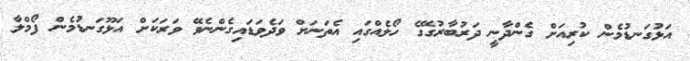
އަޅުގަނޑުމެން ކުރިއަށް ގެންދާނީ ދަރުބާރުގޭގެ ހޯލެއްގައި އެތަނަށް ވަދެވަޑައިގެންނެވޭ ވަރަކަށް އަޅޫގަނޑުމެން ފޯމްލާ